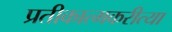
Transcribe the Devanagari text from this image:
प्रतीकात्मकरीत्या